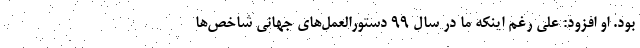
بود. او افزود: علی رغم اینکه ما در سال ۹۹ دستورالعمل‌های جهانی شاخص‌ها